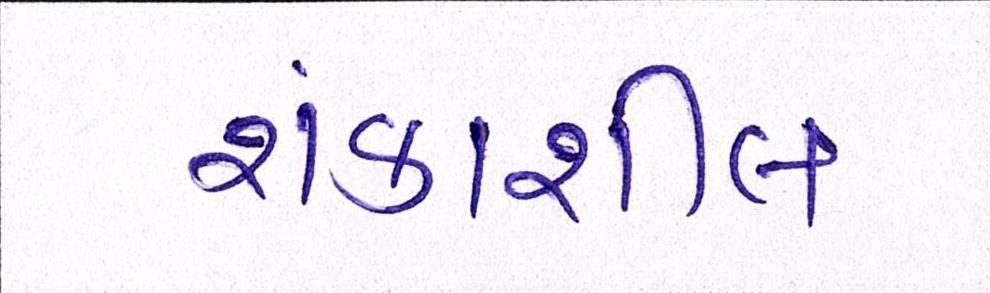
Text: શંકાશીલ